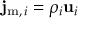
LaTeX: \mathbf { j } _ { \mathrm { { m } } , \, i } = \rho _ { i } \mathbf { u } _ { i }